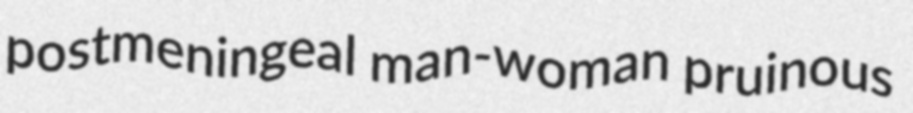
postmeningeal man-woman pruinous